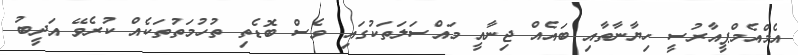
އެމްއެމްޕީއާރުސީ ހިޔާނާތާއި ބައެއް ޖިނާއީ މައްސަލަތަކުގައި ވެސް ބޮޑެތި ތުހުމަތުތަކެއް ކުރެވޭ އަދީބު